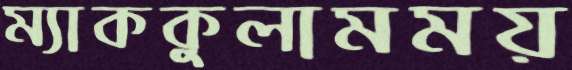
ম্যাককুলামময়